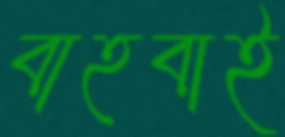
বাহবাই